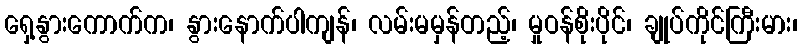
ရှေ့နွားကောက်က၊ နွားနောက်ပါကျန်၊ လမ်းမမှန်တည့်၊ မှုဝန်စိုးပိုင်၊ ချုပ်ကိုင်ကြီးမား၊